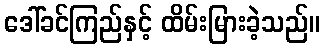
ဒေါ်ခင်ကြည်နှင့် ထိမ်းမြားခဲ့သည်။